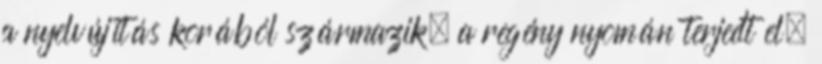
a nyelvújítás korából származik, a regény nyomán terjedt el,